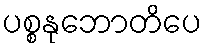
ပစ္စနုဘောတိပေ